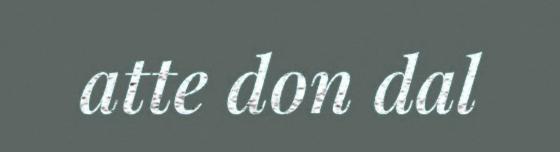
atte don dal